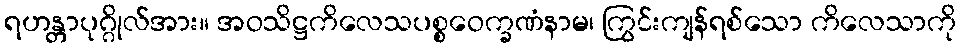
ရဟန္တာပုဂ္ဂိုလ်အား။ အဝသိဋ္ဌကိလေသပစ္စဝေက္ခဏံနာမ၊ ကြွင်းကျန်ရစ်သော ကိလေသာကို